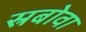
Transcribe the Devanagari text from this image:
स्रबोवा